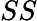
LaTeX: SS